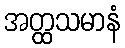
အတ္ထသမာနံ